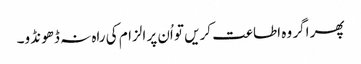
پھر اگر وہ اطاعت کریں تو اُن پر الزام کی راہ نہ ڈھونڈو۔